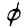
Digit: 0